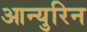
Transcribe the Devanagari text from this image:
आन्युरिन